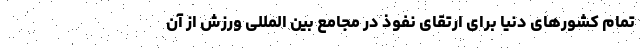
تمام کشورهای دنیا برای ارتقای نفوذ در مجامع بین المللی ورزش از آن